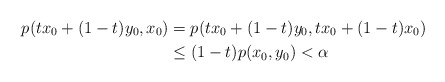
\begin{align*} p(t x_0 + (1-t) y_0, x_0) & = p(t x_0 + (1-t)y_0, tx_0 + (1-t) x_0) \\ & \leq (1-t) p(x_0,y_0) < \alpha \end{align*}